Leaving Certificate Examination (including Day School Certificate (Higher) General paper), 1929
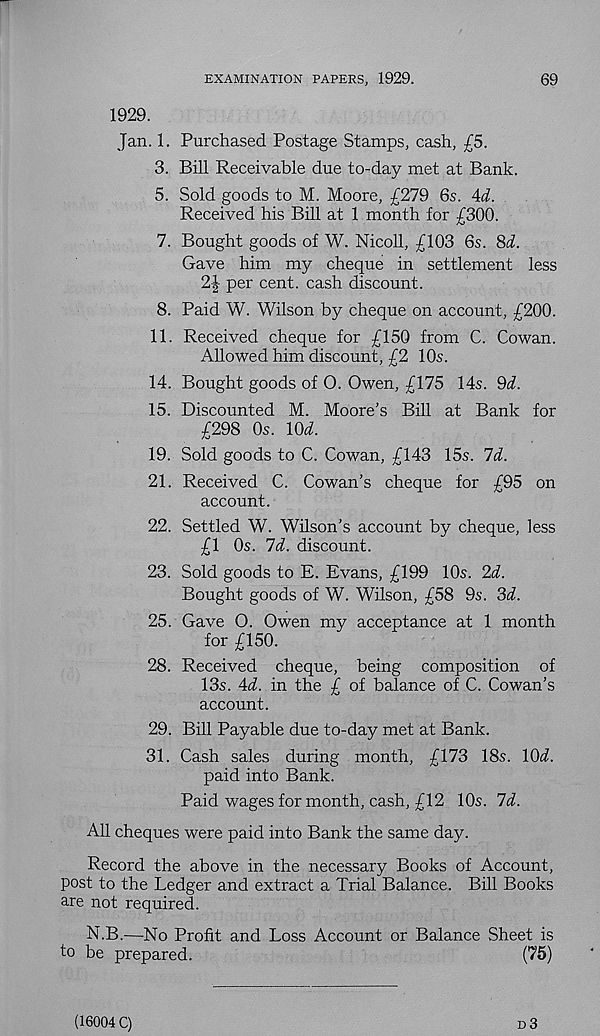
EXAMINATION PAPERS, 1929.
69
1929.
Jan. 1. Purchased Postage Stamps, cash, £5.
3. Bill Receivable due to-day met at Bank.
5. Sold goods to M. Moore, £279 6s. 4d.
Received his Bill at 1 month for £300.
7. Bought goods of W. Nicoll, £103 6s. 8d.
Gave him my cheque in settlement less
2| per cent, cash discount.
8. Paid W. Wilson by cheque on account, £200.
11. Received cheque for £150 from C. Cowan.
Allowed him discount, £2 10s.
14. Bought goods of O. Owen, £175 14s. 9d.
15. Discounted M. Moore’s Bill at Bank for
£298 0s. \9d.
19. Sold goods to C. Cowan, £143 15s. Id.
21. Received C. Cowan’s cheque for £95 on
account.
22. Settled W. Wilson’s account by cheque, less
£1 0s. Id. discount.
23. Sold goods to E. Evans, £199 10s. 2d.
Bought goods of W. Wilson, £58 9s. 'id.
25. Gave O. Owen my acceptance at 1 month
for £150.
28. Received cheque, being composition of
13s. 4d. in the £ of balance of C. Cowan’s
account.
29. Bill Payable due to-day met at Bank.
31. Cash sales during month, £173 18s. \9d.
paid into Bank.
Paid wages for month, cash, £12 10s. Id.
All cheques were paid into Bank the same day.
Record the above in the necessary Books of Account,
post to the Ledger and extract a Trial Balance. Bill Books
are not required.
N.B.—No Profit and Loss Account or Balance Sheet is
to be prepared.
(75)
(16004 C)
d3